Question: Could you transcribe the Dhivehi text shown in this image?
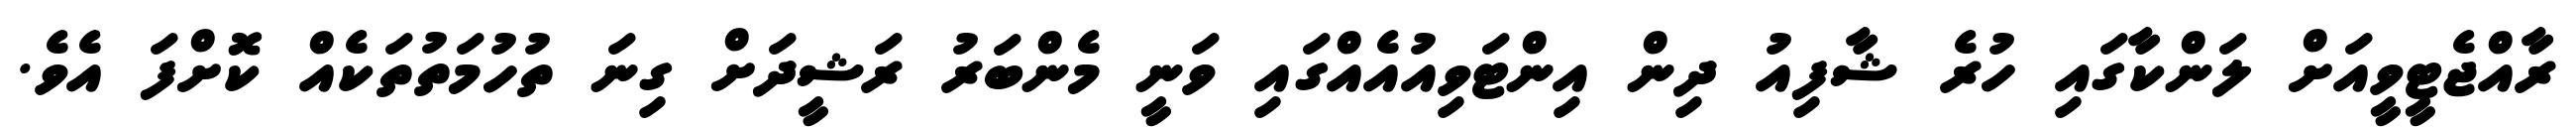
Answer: ރާއްޖެޓީވީއަށް ލަންކާގައި ހުރެ ޝާފިއު ދިން އިންޓަވިއުއެއްގައި ވަނީ މެންބަރު ރަޝީދަށް ގިނަ ތުހުމަތުތަކެއް ކޮށްފަ އެވެ.